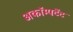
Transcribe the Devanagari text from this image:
अकॉम्पटेंट